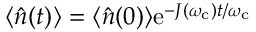
\langle \hat { n } ( t ) \rangle = \langle \hat { n } ( 0 ) \rangle \mathrm { e } ^ { - J ( \omega _ { \mathrm { c } } ) t / \omega _ { \mathrm { c } } }